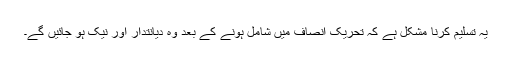
یہ تسلیم کرنا مشکل ہے کہ تحریک انصاف میں شامل ہونے کے بعد وہ دیانتدار اور نیک ہو جائیں گے۔